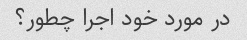
در مورد خود اجرا چطور؟